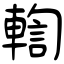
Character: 輷